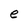
Character: e